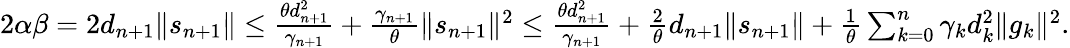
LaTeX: \begin{array}{r}{2\alpha\beta=2d_{n+1}\| s_{n+1}\| \le\frac{\theta d_{n+1}^{2}}{\gamma_{n+1}}+\frac{\gamma_{n+1}}{\theta}\| s_{n+1}\| ^{2}\le\frac{\theta d_{n+1}^{2}}{\gamma_{n+1}}+\frac{2}{\theta}d_{n+1}\| s_{n+1}\| +\frac{1}{\theta}\sum_{k=0}^{n}\gamma_{k}d_{k}^{2}\| g_{k}\| ^{2}.}\end{array}